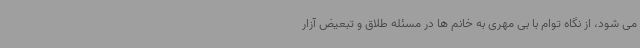
می شود، از نگاه توام با بی مهری به خانم ها در مسئله طلاق و تبعیض آزار